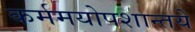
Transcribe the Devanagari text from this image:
कर्ममयोपशान्तये